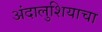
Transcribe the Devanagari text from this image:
अंदालुशियाचा